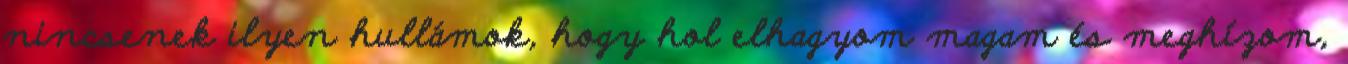
nincsenek ilyen hullámok, hogy hol elhagyom magam és meghízom,